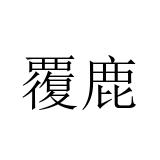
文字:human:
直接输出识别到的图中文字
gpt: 覆鹿